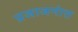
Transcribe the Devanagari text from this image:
प्रजाजनांत